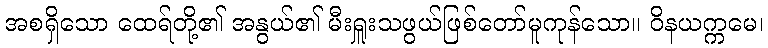
အစရှိသော ထေရ်တို့၏ အနွယ်၏ မီးရှူးသဖွယ်ဖြစ်တော်မူကုန်သော။ ဝိနယက္ကမေ၊